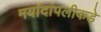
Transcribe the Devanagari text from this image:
मर्यादांपलीकडे